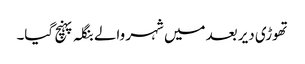
تھوڑی دیر بعد میں شہر والے بنگلہ پہنچ گیا۔